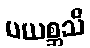
ပယစ္ဆသိ